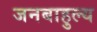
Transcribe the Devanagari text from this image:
जनबाहुल्य